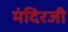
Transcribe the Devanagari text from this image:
मंदिरजी